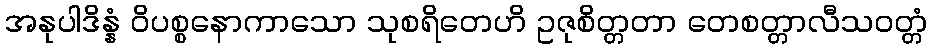
အနုပါဒိန္နံ ဝိပစ္စနောကာသော သုစရိတေဟိ ဥဇုစိတ္တတာ တေစတ္တာလီသဝတ္တံ